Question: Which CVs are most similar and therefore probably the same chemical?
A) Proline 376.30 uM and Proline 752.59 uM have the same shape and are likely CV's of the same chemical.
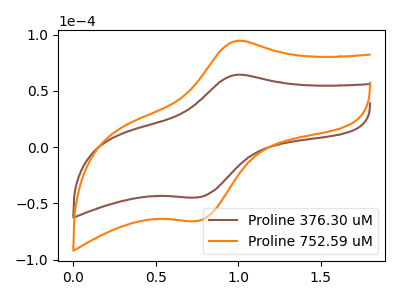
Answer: <think>The brown curve "Proline 376.30 uM" has an anodic peak at (1.00V, 64.15uA) and a cathodic peak at (0.75V, -44.70uA). The orange curve "Proline 752.59 uM" has an anodic peak at (1.00V, 94.30uA) and a cathodic peak at (0.75V, -65.65uA).
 All the peaks in "Proline 376.30 uM" have a peak in "Proline 752.59 uM" at the same potential. Every peak in "Proline 376.30 uM" is lower than every peak in "Proline 752.59 uM".</think>
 <answer>A) "Proline 376.30 uM" and "Proline 752.59 uM" have the same shape and are likely CV's of the same chemical.</answer>
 <eval>A</eval>